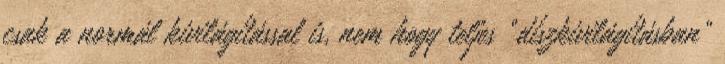
csak a normál kivilágítással is, nem hogy teljes “díszkivilágításban”